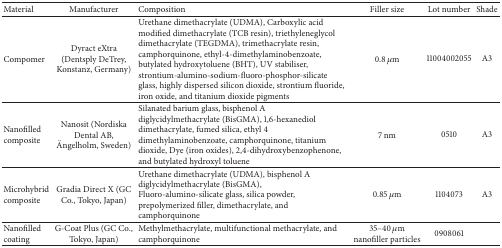
<table><thead><tr><td><b>Material</b></td><td><b>Manufacturer</b></td><td><b>Composition</b></td><td><b>Filler size</b></td><td><b>Lot number</b></td><td><b>Shade</b></td></tr></thead><tbody><tr><td>Compomer</td><td>Dyract eXtra (Dentsply DeTrey, Konstanz, Germany)</td><td>Urethane dimethacrylate (UDMA), Carboxylic acid modified dimethacrylate (TCB resin), triethyleneglycol dimethacrylate (TEGDMA), trimethacrylate resin, camphorquinone, ethyl-4-dimethylaminobenzoate, butylated hydroxytoluene (BHT), UV stabiliser, strontium-alumino-sodium-fluoro-phosphor-silicate glass, highly dispersed silicon dioxide, strontium fluoride, iron oxide, and titanium dioxide pigments</td><td>0.8 <i>μ</i>m</td><td>11004002055</td><td>A3</td></tr><tr><td>Nanofilled composite</td><td>Nanosit (Nordiska Dental AB, Ängelholm, Sweden)</td><td>Silanated barium glass, bisphenol A diglycidylmethacrylate (BisGMA), 1,6-hexanediol dimethacrylate,fumed silica, ethyl 4 dimethylaminobenzoate, camphorquinone, titanium dioxide, Dye (iron oxides), 2,4-dihydroxybenzophenone, and butylated hydroxyl toluene</td><td>7 nm</td><td>0510</td><td>A3</td></tr><tr><td>Microhybrid composite</td><td>Gradia Direct X (GC Co., Tokyo, Japan)</td><td>Urethane dimethacrylate (UDMA), bisphenol A diglycidylmethacrylate (BisGMA), Fluoro-alumino-silicate glass, silica powder, prepolymerized filler, dimethacrylate, and camphorquinone</td><td>0.85 <i>μ</i>m</td><td>1104073</td><td>A3</td></tr><tr><td>Nanofilled coating</td><td>G-Coat Plus (GC Co., Tokyo, Japan)</td><td>Methylmethacrylate, multifunctional methacrylate, and camphorquinone</td><td>35–40 <i>μ</i>m nanofiller particles</td><td>0908061</td><td> </td></tr></tbody></table>